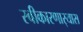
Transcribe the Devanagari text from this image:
स्वीकारणार्‍यास